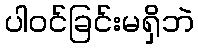
ပါဝင်ခြင်းမရှိဘဲ